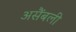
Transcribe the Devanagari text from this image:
असैंबली